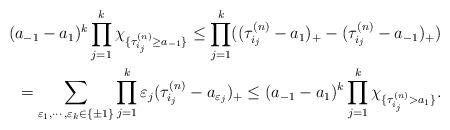
LaTeX: \begin{align*}(a_{-1}-a_1)^k\prod_{j=1}^k\chi_{\{\tau^{(n)}_{i_j}\geq a_{-1}\}}\leq\prod_{j=1}^k((\tau^{(n)}_{i_j}-a_{1})_+-(\tau^{(n)}_{i_j}-a_{-1})_+)\\ =\sum_{\varepsilon_1,\cdots,\varepsilon_{k}\in\{\pm1\}}\prod_{j=1}^k\varepsilon_{j}(\tau^{(n)}_{i_j}-a_{\varepsilon_{j}})_+\leq(a_{-1}-a_1)^k\prod_{j=1}^k\chi_{\{\tau^{(n)}_{i_j}>a_{1}\}}.\end{align*}